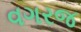
વગરજ